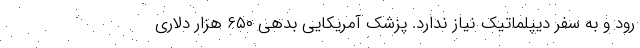
رود و به سفر دیپلماتیک نیاز ندارد. پزشک آمریکایی بدهی ۶۵۰ هزار دلاری